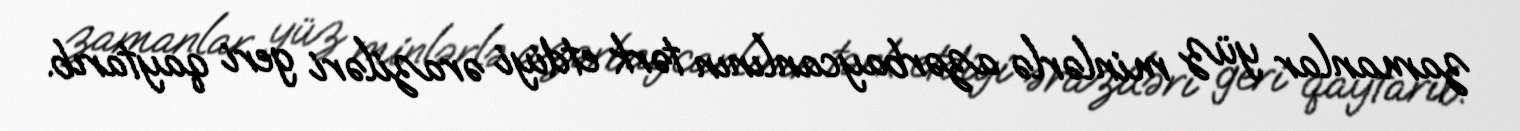
zamanlar yüz minlərlə azərbaycanlının tərk etdiyi əraziləri geri qaytarıb.